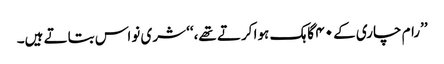
’’رام چاری کے ۴۰ گاہک ہوا کرتے تھے،‘‘ شری نواس بتاتے ہیں۔